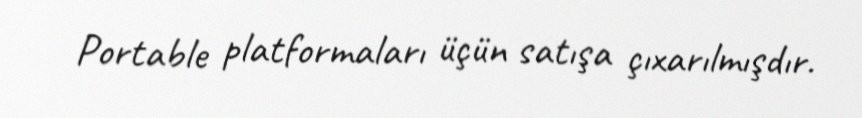
Portable platformaları üçün satışa çıxarılmışdır.